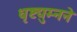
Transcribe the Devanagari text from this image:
धृष्टद्युम्नने